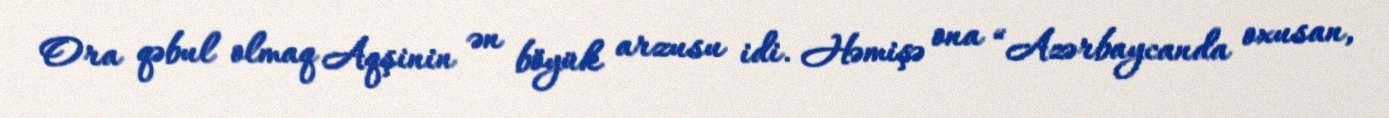
Ora qəbul olmaq Aqşinin ən böyük arzusu idi. Həmişə ona “Azərbaycanda oxusan,